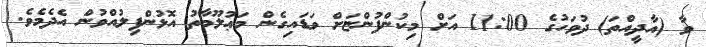
ވާ (އާދީއްތަ) ދުވަހުގެ 11:00 އަށް މިކުންފުންޏަށް ވަޑައިގެން މަޢުލޫމާތު އޮޅުންފިލުއްވުން އެދެމެވެ.